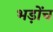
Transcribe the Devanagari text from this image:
भड़ोंच